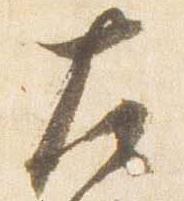
左